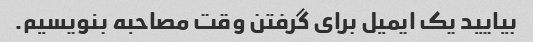
بیایید یک ایمیل برای گرفتن وقت مصاحبه بنویسیم.